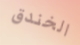
الخندق